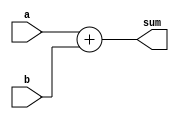
`timescale 1ns / 1ps

module adder (
  input [31:0] a,
  input [31:0] b,
  output reg [31:0] sum
);

    always @(*) begin
      sum = a + b;
    end

endmodule